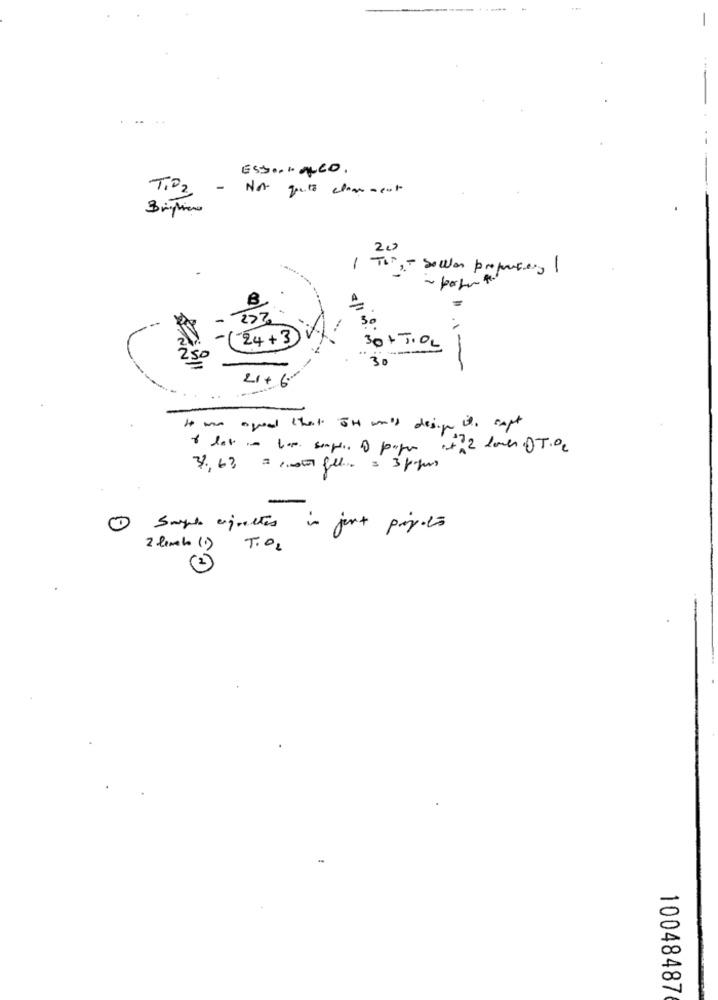
Esso.1. MED .
TIP2
- No guts classement
20
1 TIM ,- Sollen properties
B
2>%
24+3
30+ TIOL
250
30
.1-
21+1
..
It was agoal that TH wall desig its soft
+72 Love DT.OC
32, 63 = 100 fall. = 3 pops
0
Swept aguettes in just pay-to
2 lunch (1) TO2
(2)
10048487